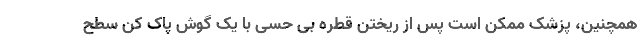
همچنین، پزشک ممکن است پس از ریختن قطره بی حسی با یک گوش پاک کن سطح